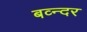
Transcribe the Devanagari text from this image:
बव्न्दर